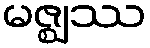
မဇ္ဈဿ